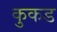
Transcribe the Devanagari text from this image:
कुकड